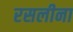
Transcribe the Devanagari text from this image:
रसलीना